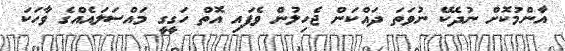
އާންމުކޮށް ނުދެކޭ ނުވަތަ ދައްކަން ޖެހިލުން ވެފައި އޮތް ހަގީގީ މައްސަލައެއްގެ ވާހަކަ